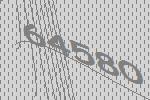
64580